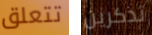
تتعلق تذكرين